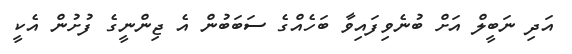
އަދި ނަބީލް އަށް ބުނެވިފައިވާާ ބަހެއްގެ ސަބަބުން އެ ޖިންނީގެ ފުށުން އެކީ